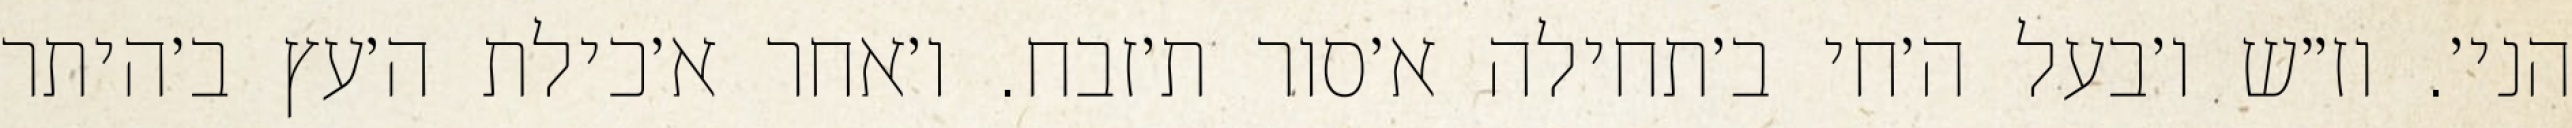
הני׳. וז״ש ו׳בעל ה׳חי ב׳תחילה א׳סור ת׳זבח. ו׳אחר א׳כילת ה׳עץ ב׳היתר